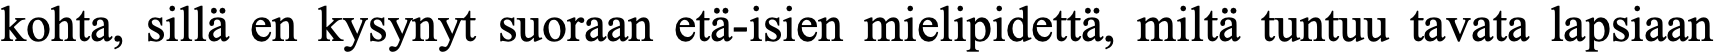
kohta, sillä en kysynyt suoraan etä-isien mielipidettä, miltä tuntuu tavata lapsiaan